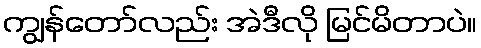
ကျွန်တော်လည်း အဲဒီလို မြင်မိတာပဲ။